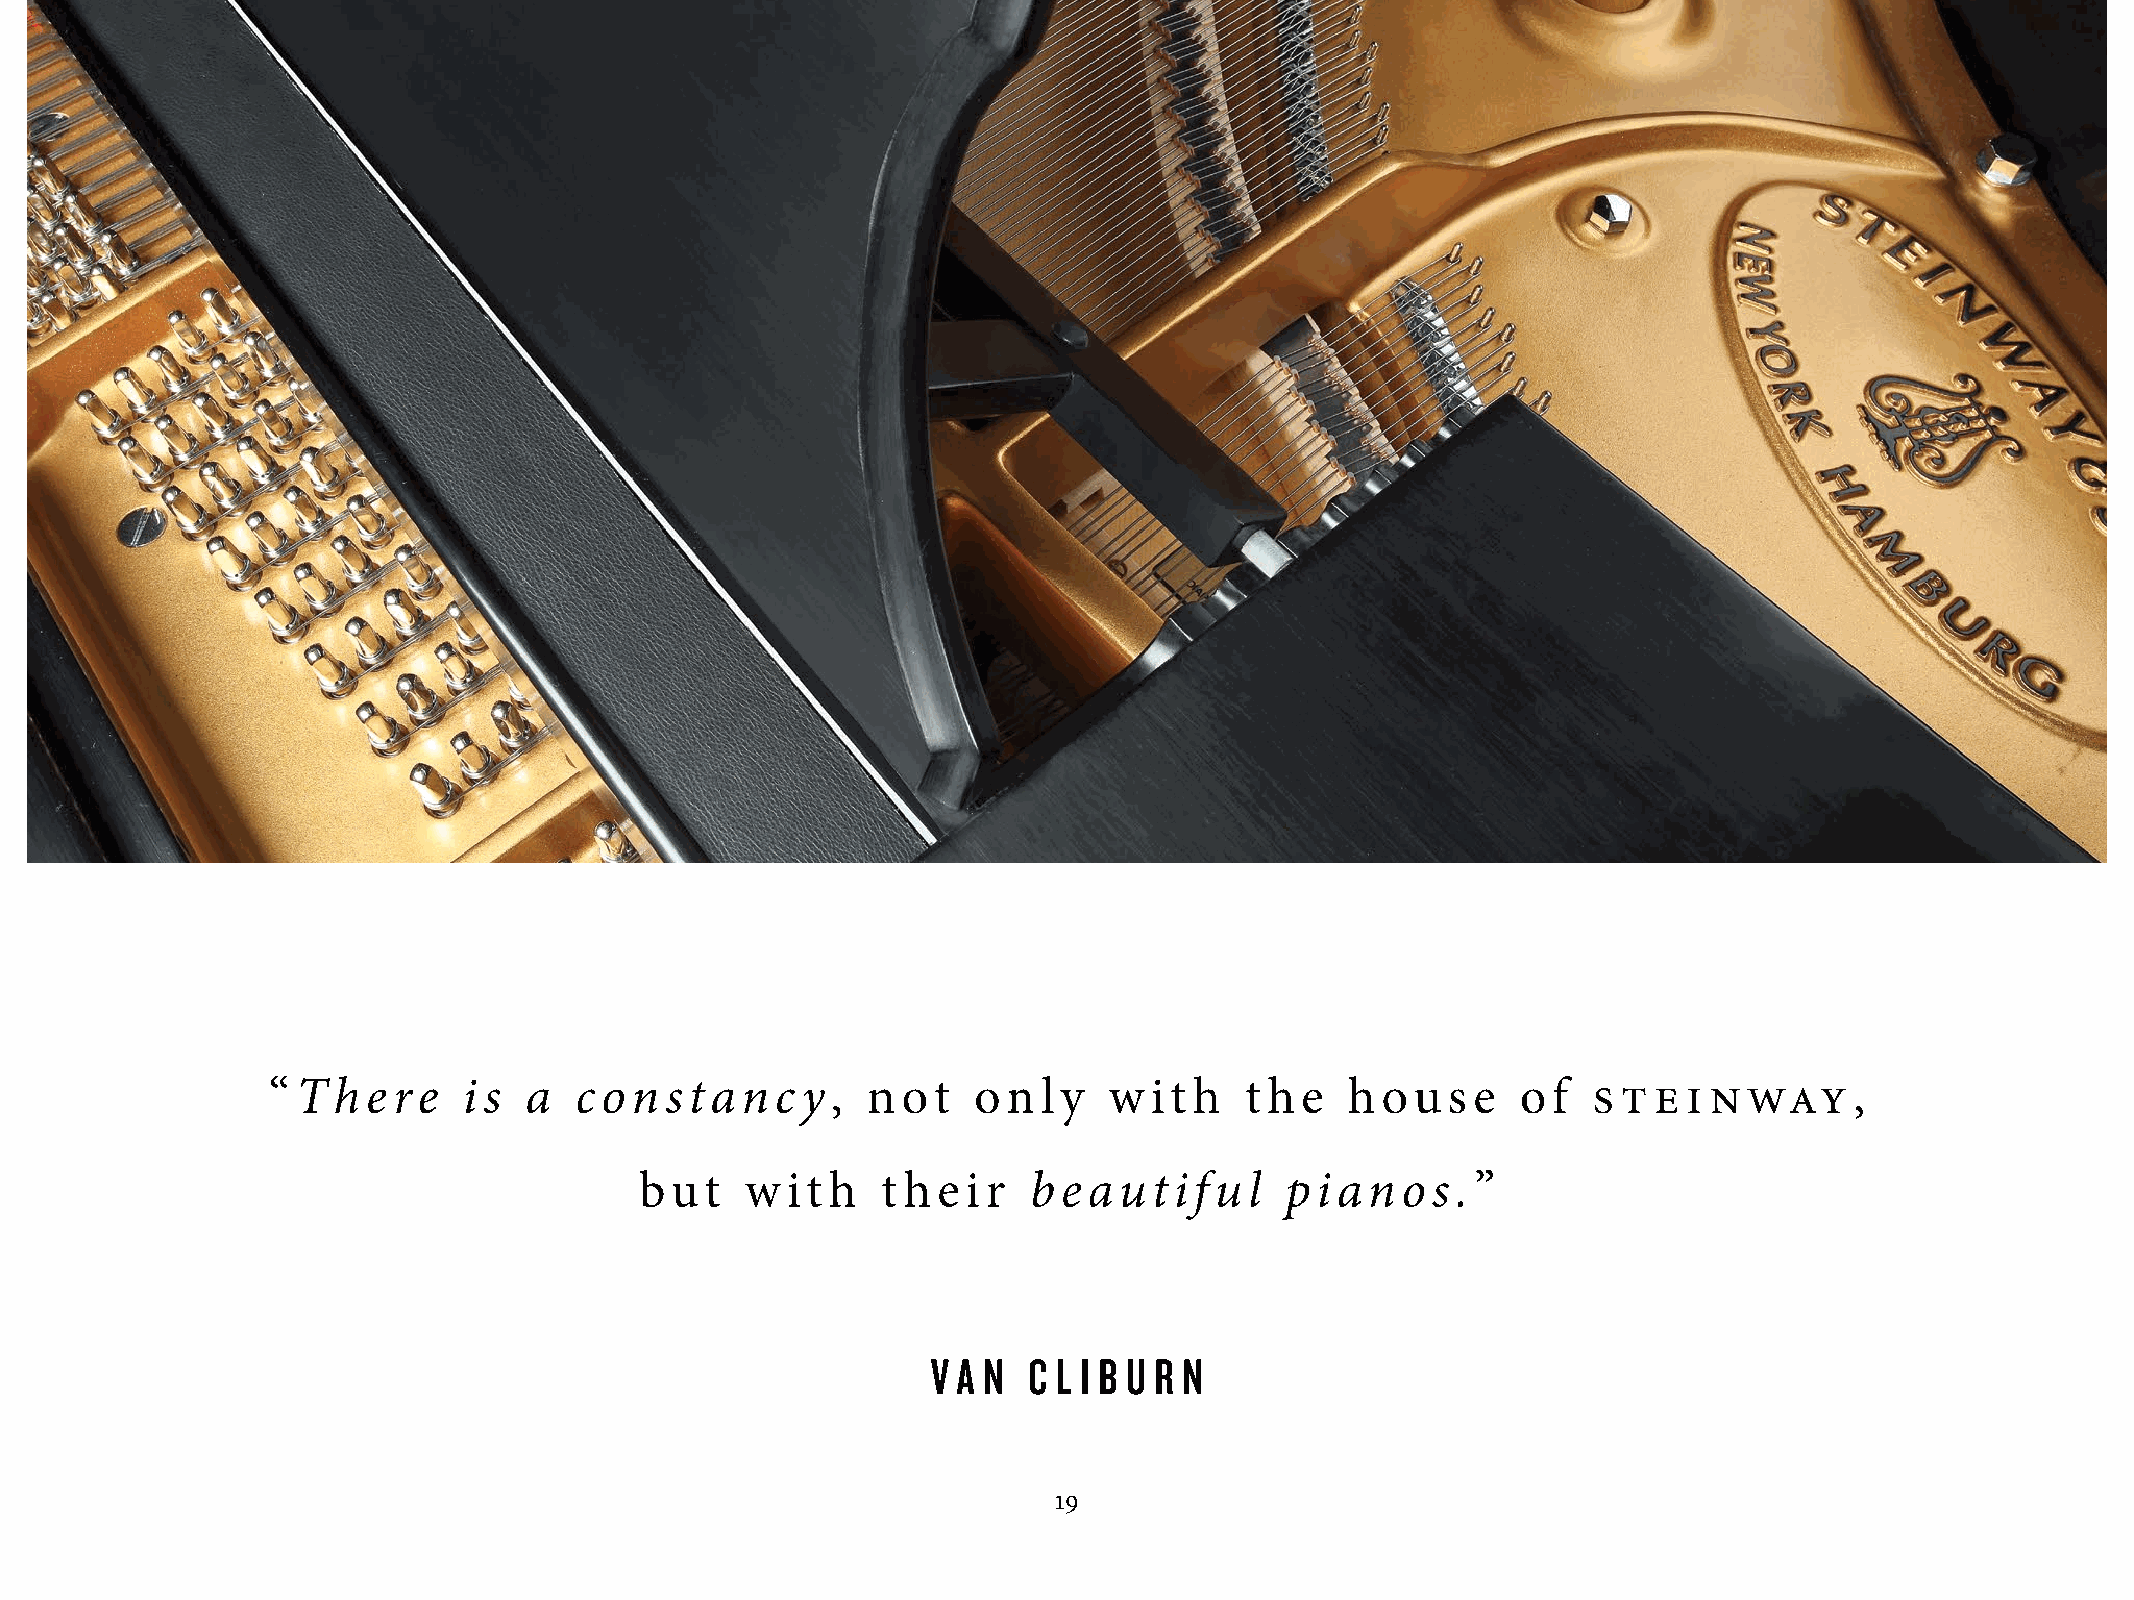
ste    i nway
 “There       i s a  constanc       y,  not    on   ly  w  it h  t he   hous    e  of                     ,
 but    w  it h  t hei  r  beautif     ul   pianos.      ”
 V A N C L I B U R N
 19